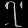
Digit: ၇